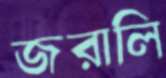
জরালি